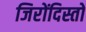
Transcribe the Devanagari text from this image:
जिरोंदिस्तो